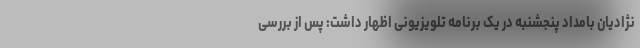
نژادیان بامداد پنجشنبه در یک برنامه تلویزیونی اظهار داشت: پس از بررسی